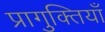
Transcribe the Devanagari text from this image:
प्रागुक्तियाँ